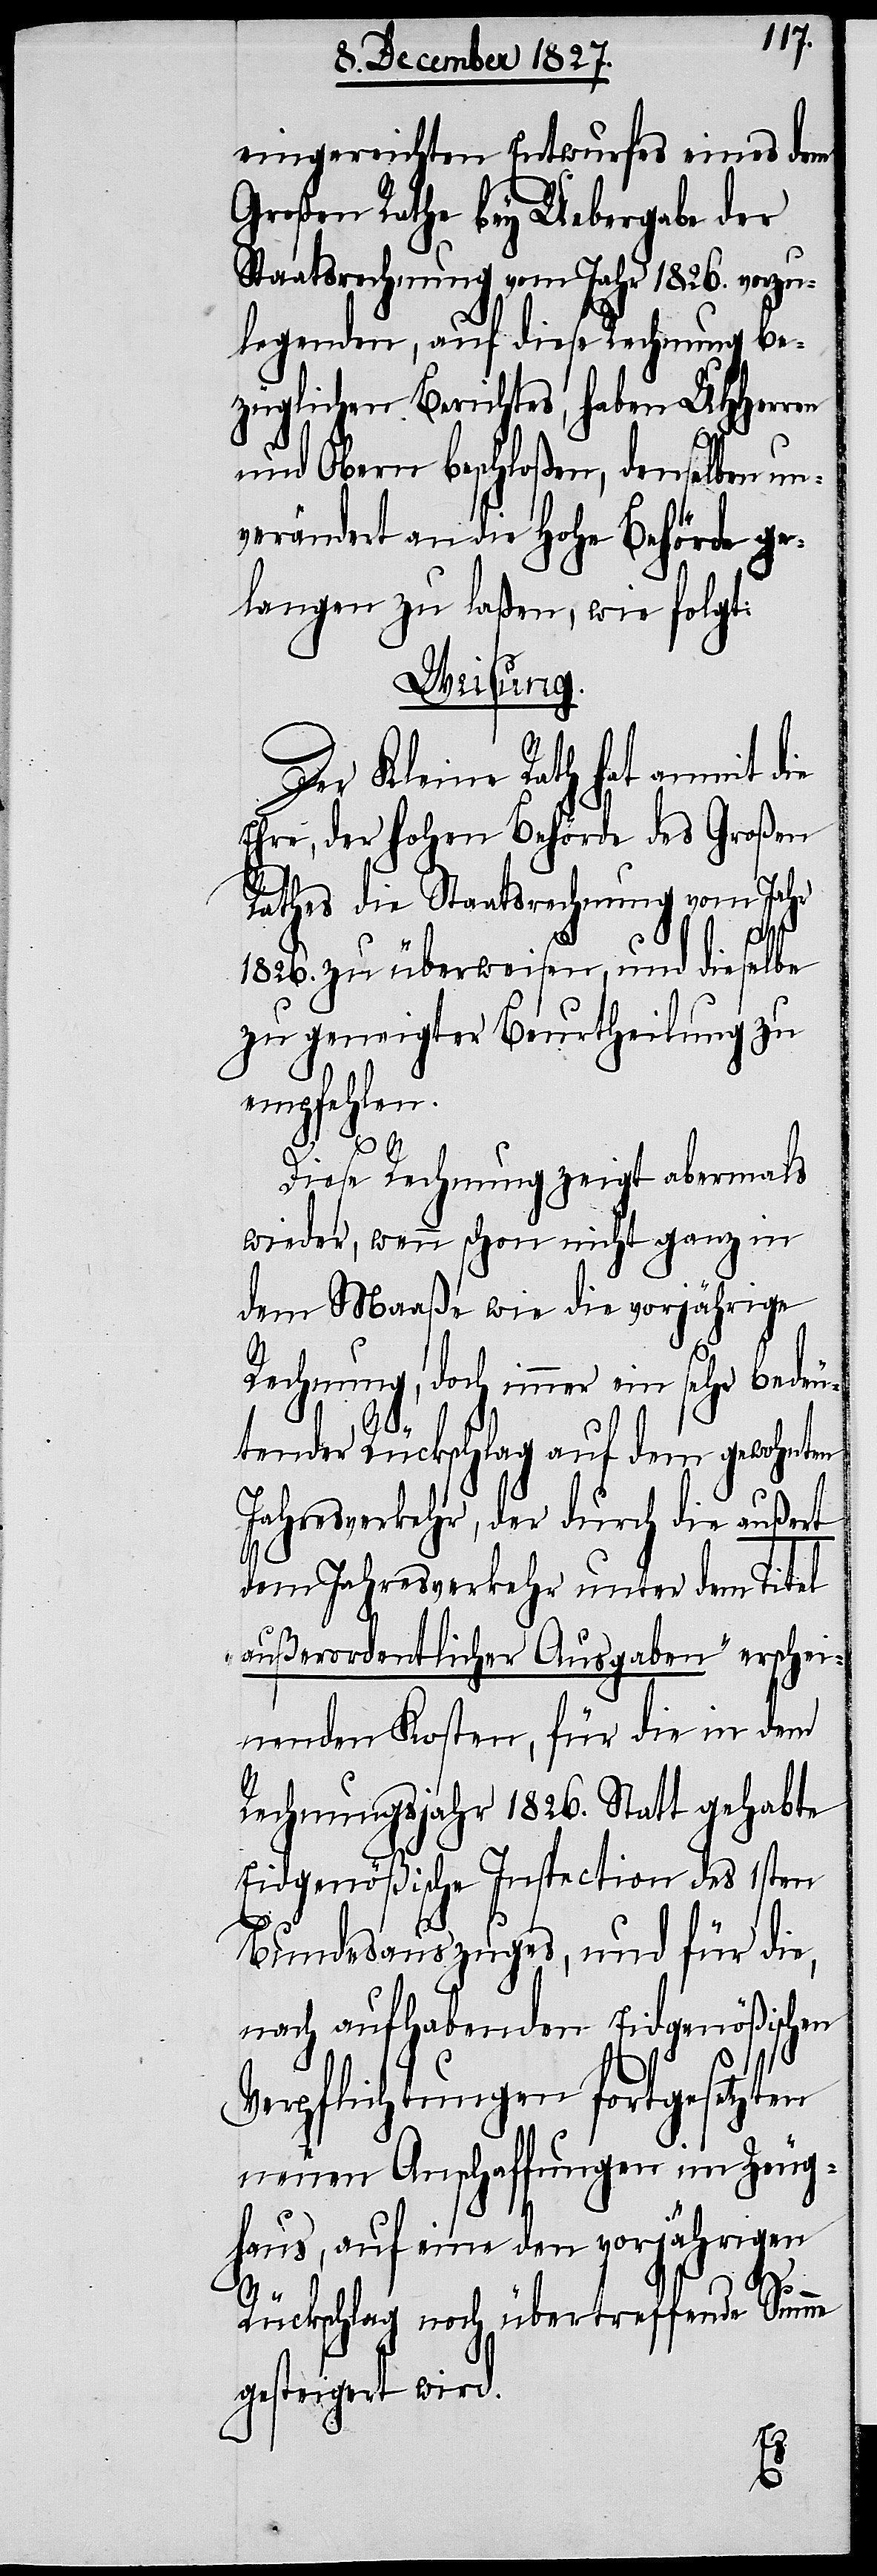
eingereichten Entwurfes eines dem
Großen Rathe bey Uebergabe der
Staatsrechnung vom Jahr 1826. vorzu¬
legenden, auf diese Rechnung be¬
züglichen Berichtes, haben UHHerren
und Obern beschloßen, denselben un¬
verändert an die Hohe Behörde ge¬
langen zu laßen, wie folgt:
Weisung.
Der Kleine Rath hat anmit die
Ehre, der hohen Behörde des Großen
Rathes die Staatsrechnung vom Jahr
1826. zu überweisen, und dieselbe
zu geneigter Beurtheilung zu
empfehlen.
Diese Rechnung zeigt abermals
wieder, wenn schon nicht ganz in
dem Maaße wie die vorjährige
Rechnung, doch immer ein sehr bedeu¬
tender Rückschlag auf dem gewohnten
Jahresverkehr, der durch die außert
dem Jahresverkehr unter dem Titel
„außerordentliche Ausgaben“ erschei¬
nenden Kosten, für die in dem
Rechnungsjahr 1826. Statt gehabte
Eidgenößische Inspection des 1sten
Bundesauszuges, und für die,
nach aufhabenden Eidgenößischen
Verpflichtungen fortgesetzten
neuen Anschaffungen im Zeug¬
haus, auf eine den vorjährigen
Rückschlag noch übertreffende Summe
gesteigert wird.